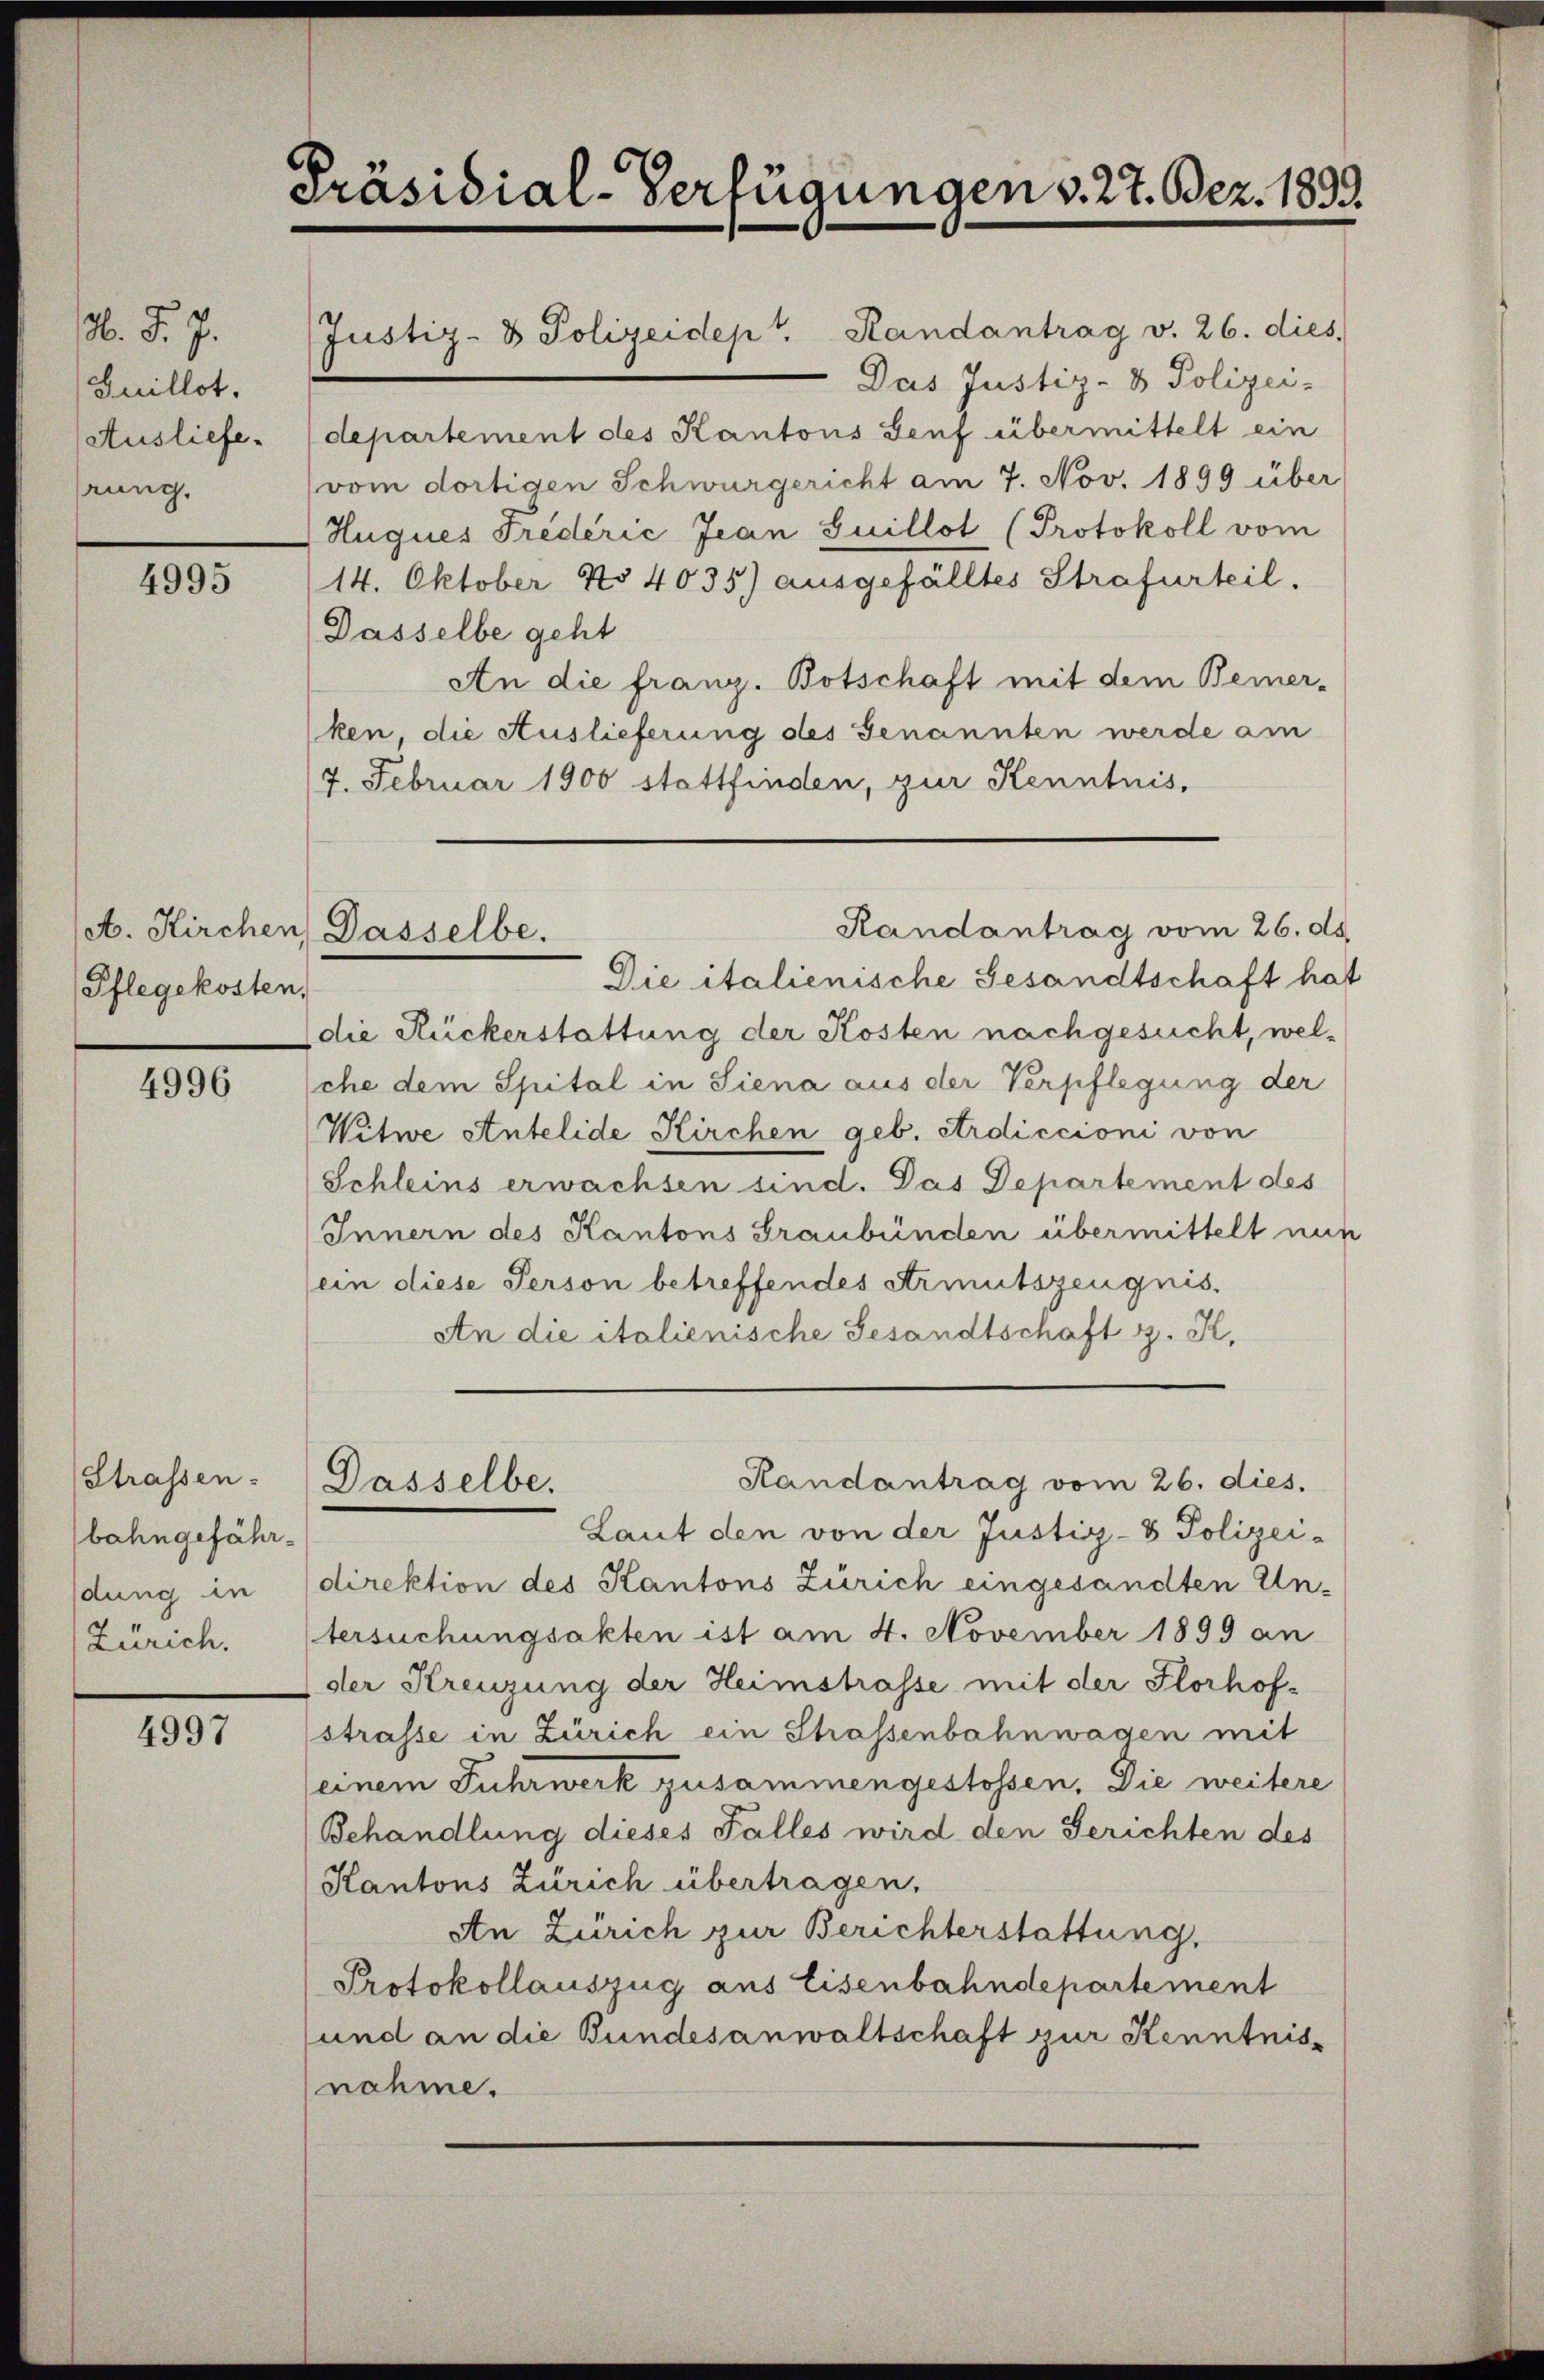
M. J. J.
Juillot.
Ausliefe.
rung.

4995

Pflegekosten,

4996

Strassen.
bahngefährdung in
Zürich.

4997

Präsidial-Verfügungen v. 27. Dez. 1899.

Justiz- & Polizeidep. Randantrag v. 26. dies
Das Justiz- & Polizei-
departement des Kantons Genf übermittelt ein
vom dortigen Schwurgericht am 7. Nov. 1899 über
Huques Friderić Jean Guillot (Protokoll vom
14. Oktober No 4035) ausgefälltes Strafurteil.
Dasselbe geht
An die franz. Botschaft mit dem Bemer-
ken, die Auslieferung des Genannten werde am
/7. Februar 1900 stattfinden, zur Kenntnis,
Randantrag vom 26. ds.
Die italienische Gesandtschaft hat
die Ruckerstattung der Kosten nachgesucht, welsche dem Spital in Siena aus der Verpflegung der
Witwe Antelide Kirchen geb. Erdiccioni von
Schleins erwachsen sind. Das Departement des
Innern des Kantons Graubünden übermittelt nun
ein diese Person betreffendes Armutszeugnis.
An die italienische Gesandtschaft z. K.
Randantrag vom 26. dies
Dasselbe.
Laut den von der Justiz- & Polizei-
direktion des Kantons Zürich eingesandten Untersuchungsakten ist am 4. November 1899 an
der Kreuzung der Heimstrasse mit der Florhof-
strasse in Zürich ein Strassenbahnwagen mit
seinem Fuhrwerk zusammengestossen. Die weitere
Behandlung dieses Falles wird den Gerichten des
Kantons Zürich übertragen.
An Zürich zur Berichterstattung,
Protokollauszug aus Eisenbahndepartement
und an die Bundesanwaltschaft zur Kenntnisnahme.

A. Kirchen) Dasselbe.